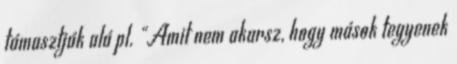
támasztják alá pl. "Amit nem akarsz, hogy mások tegyenek